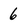
Character: 6